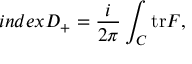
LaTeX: i n d e x D _ { + } = \frac { i } { 2 \pi } \int _ { C } { \mathrm { t r } { \cal { F } } } ,